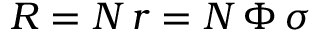
R = N \, r = N \, \Phi \, \sigma